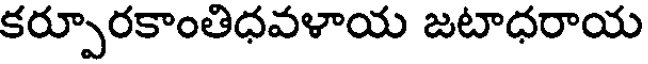
కర్పూరకాంతిధవళాయ జటాధరాయ